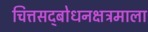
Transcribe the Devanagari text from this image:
चित्तसद्‍बोधनक्षत्रमाला